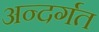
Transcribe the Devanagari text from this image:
अन्दर्गत